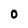
Character: 0